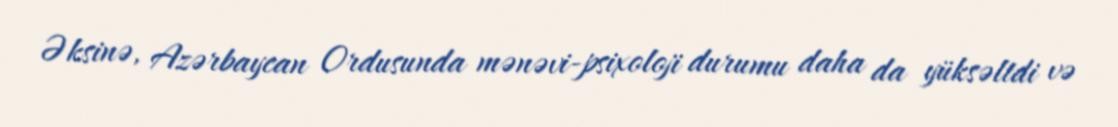
Əksinə, Azərbaycan Ordusunda mənəvi-psixoloji durumu daha da yüksəltdi və